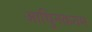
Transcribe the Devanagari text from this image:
आधुिनकतम